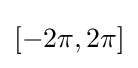
\left[-2\pi ,2\pi \right]